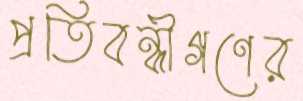
প্রতিবন্ধীগণের